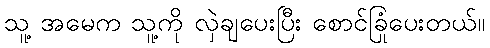
သူ့ အမေက သူ့ကို လှဲချပေးပြီး စောင်ခြုံပေးတယ်။